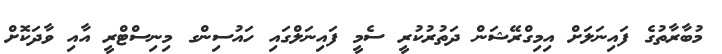
މުބާރާތުގެ ފައިނަލަށް އިމިގްރޭޝަން ދަތުރުކުރީ ސެމީ ފައިނަލްގައި ހައުސިންގ މިނިސްޓްރީ އާއި ވާދަކޮށް